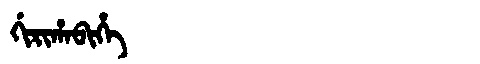
Manchu: ᡤᡳᡵᡳᡥᠠᠪᡳᡥᡝ
Romanization: GIRIHABIHE